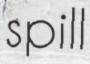
spill